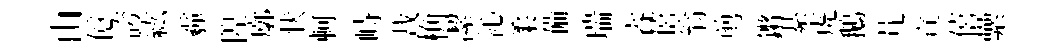
山億誇紘霾隍廓状軻峙裁桷潔沁柔備瑞睿僖翁剪鏘綦虎鵝芃宣僖纍